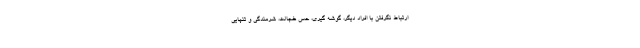
ارتباط نگرفتن با افراد دیگر، گوشه گیری، حس خجالت، شرمندگی و تنهایی